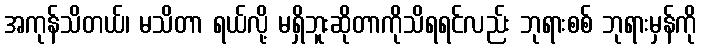
အကုန်သိတယ်၊ မသိတာ ရယ်လို့ မရှိဘူးဆိုတာကိုသိရရင်လည်း ဘုရားစစ် ဘုရားမှန်ကို